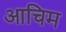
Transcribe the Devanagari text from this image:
आचिम